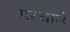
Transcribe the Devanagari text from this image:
प्रस्थानं